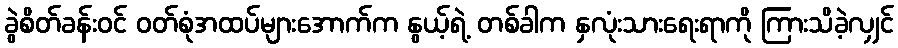
ခွဲစိတ်ခန်းဝင် ဝတ်စုံအထပ်များအောက်က နွယ့်ရဲ့ တစ်ခါက နှလုံးသားရေးရာကို ကြားသိခဲ့လျှင်